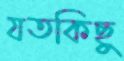
যতকিছু